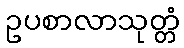
ဥပစာလာသုတ္တံ